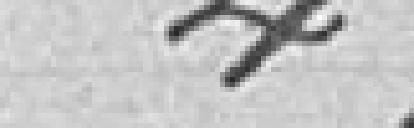
47